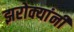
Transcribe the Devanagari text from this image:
झरोक्यांनी